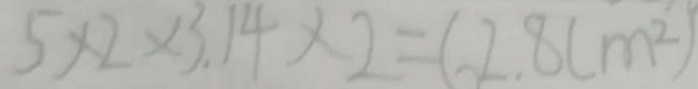
5 \times 2 \times 3 . 1 4 \times 2 = 6 2 . 8 ( m ^ { 2 } )